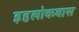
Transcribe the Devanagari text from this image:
इहलोकवास